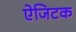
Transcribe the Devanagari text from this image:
ऐजिटक